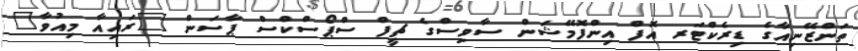
ތަންޒޭނިއާގެ ޑިރެކްޓަރ އޮފް އިންފޮމޭޝަން ސާވިސްގެ ޗީފް ސްޕޯސްކްސް ޕާސަން "ރައިއާ މިއުވާ"